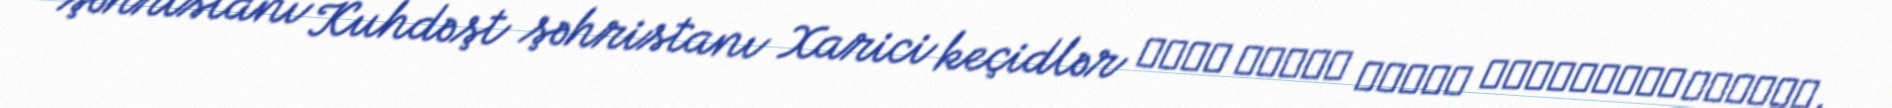
şəhristanı Kuhdəşt şəhristanı Xarici keçidlər سایت اطلاع رسانی استانداری لرستان.